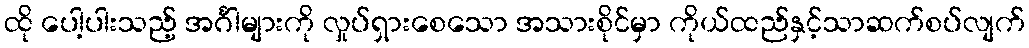
ထို ပေါ့ပါးသည့် အင်္ဂါများကို လှုပ်ရှားစေသော အသားစိုင်မှာ ကိုယ်ထည်နှင့်သာဆက်စပ်လျက်